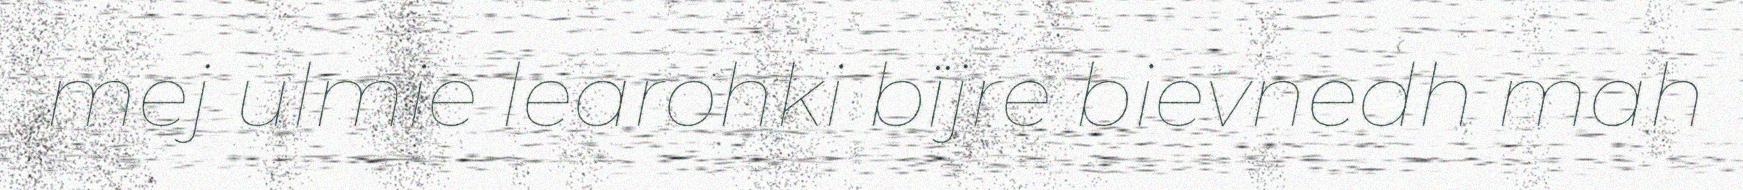
mej ulmie learohki bïjre bievnedh mah